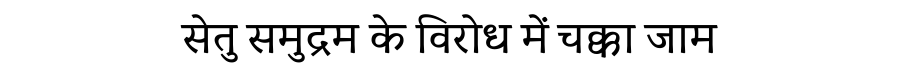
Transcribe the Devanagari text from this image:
सेतु समुद्रम के विरोध में चक्का जाम